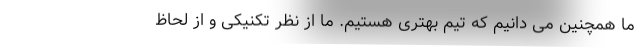
ما همچنین می دانیم که تیم بهتری هستیم. ما از نظر تکنیکی و از لحاظ